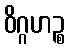
ဝိဂ္ဂဟဉ္စ